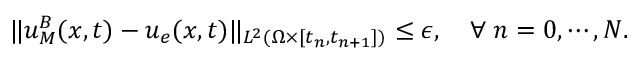
\| u _ { M } ^ { B } ( \boldsymbol { x } , t ) - u _ { e } ( \boldsymbol { x } , t ) \| _ { L ^ { 2 } ( \Omega \times [ t _ { n } , t _ { n + 1 } ] ) } \leq \epsilon , \quad \forall \; n = 0 , \cdots , N .